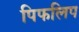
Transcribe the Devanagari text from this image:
पिफलिप